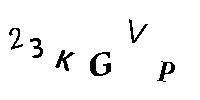
23KGVP